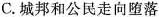
C.城邦和公民走向堕落